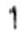
1